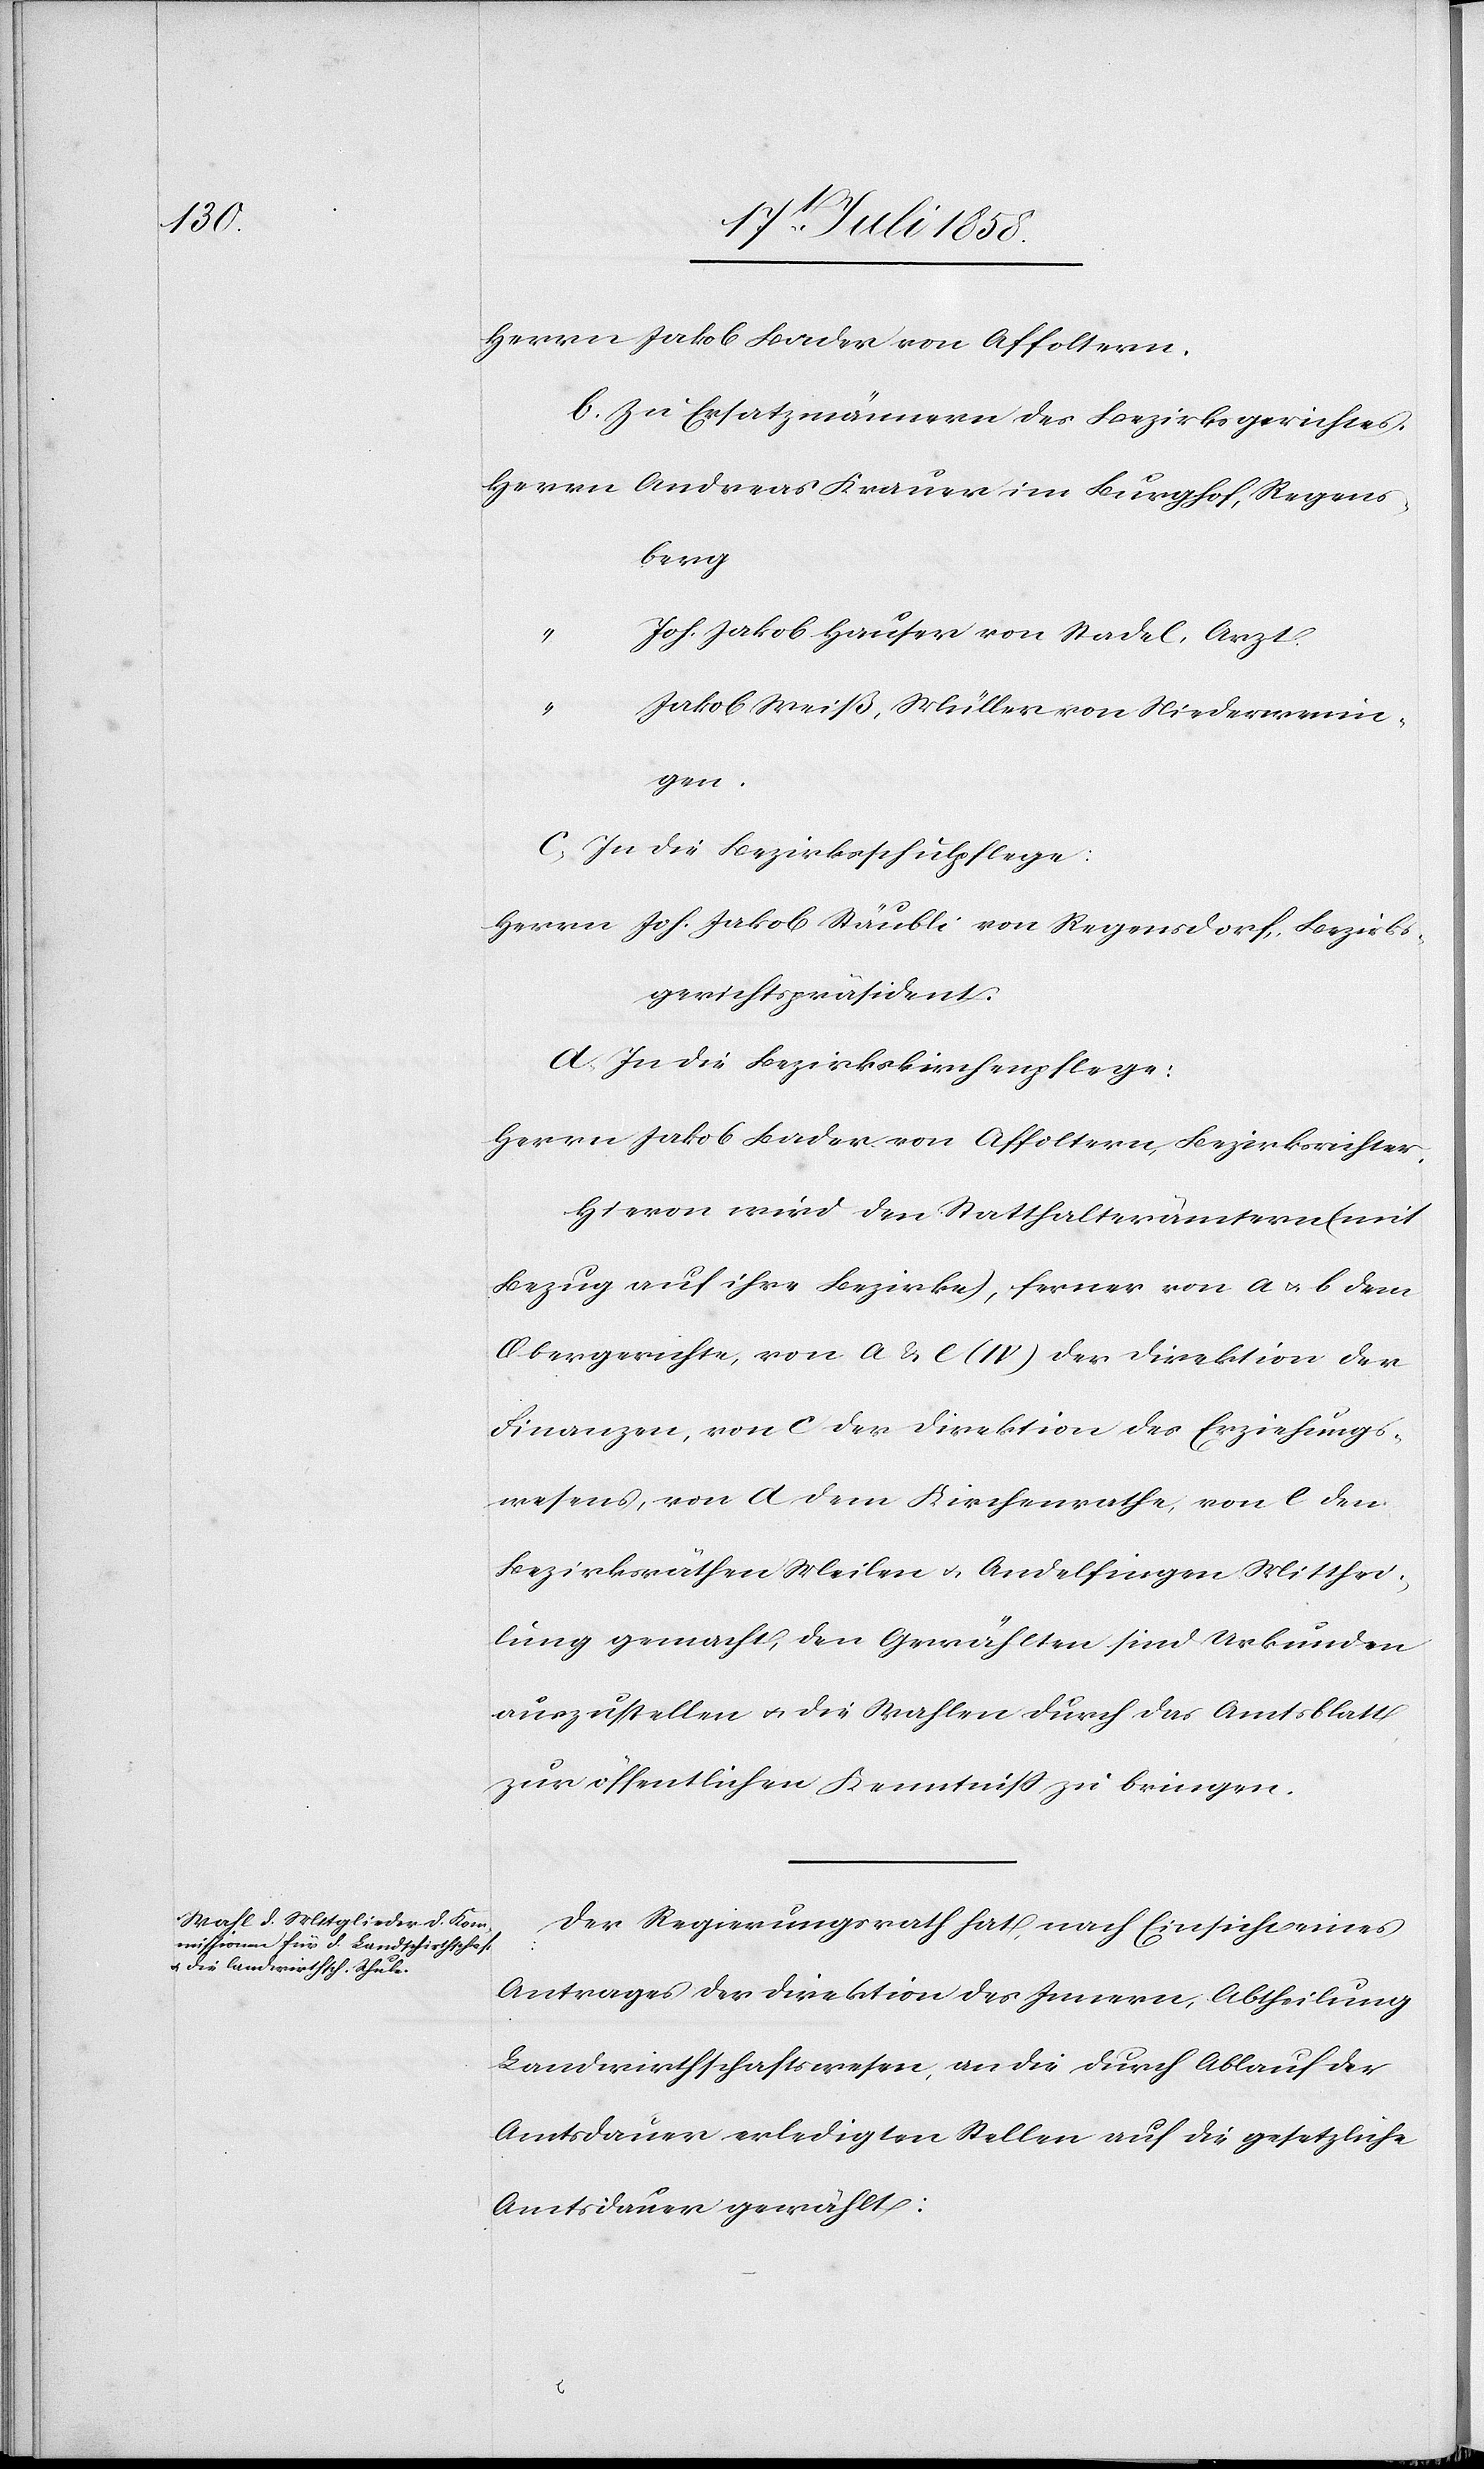
Herrn Jakob Bader von Affoltern.
b. Zu Ersatzmännern des Bezirksgerichtes.
Herrn Andreas Krauer im Burghof, Regens¬
berg
“
Joh. Jakob Hauser von Stadel, Arzt.
“
Jakob Weiß, Müller von Niederwenin¬
gen.
c. In die Bezirksschulpflege:
Herrn Joh. Jakob Stäubli von Regensdorf, Bezirks¬
gerichtspräsident.
d. In die Bezirkskirchenpflege:
Herrn Jakob Bader von Affoltern, Bezirksrichter.
Hievon wird den Statthalterämtern (mit
Bezug auf ihre Bezirke), ferner von a & b dem
Obergerichte, von a & e (IV) der Direktion der
Finanzen, von c der Direktion des Erziehungs¬
wesens, von d dem Kirchenrathe, von e den
Bezirksräthen Meilen & Andelfingen Mitthei¬
lung gemacht, den Gewählten sind Urkunden
auszustellen & die Wahlen durch das Amtsblatt
zur öffentlichen Kenntniss zu bringen.
Der Regierungsrath hat, nach Einsicht eines
Antrages der Direktion des Innern, Abtheilung
Landwirthschaftswesen, an die durch Ablauf der
Amtsdauer erledigten Stellen auf die gesetzliche
Amtsdauer gewählt: